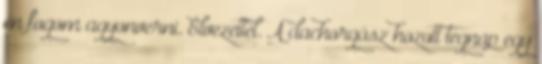
én fogom agyonverni. Élvezettel. A dachorgász hozott tegnap egy